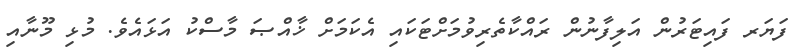
ފަޔަރ ފައިޓަރުން އަލިފާނުން ރައްކާތެރިވުމަށްޓަކައި އެކަމަށް ޚާއްޞަ މާސްކު އަޅައެވެ. މުޅި މޫނާއި